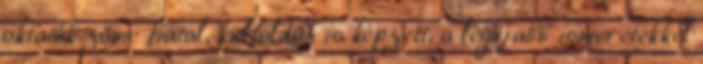
oktatók zöme fiatal, külföldön is képzett, a legújabb ismeretekkel